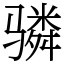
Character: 𬴊